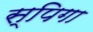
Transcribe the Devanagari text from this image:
स्पिगा